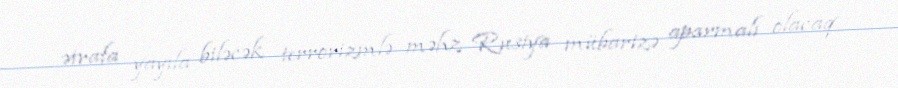
ətrafa yayıla biləcək terrorizmlə məhz Rusiya mübarizə aparmalı olacaq.